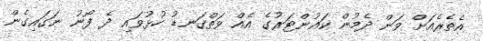
އެތެރެއަށް ވަން ދެމުން ކައުންޓަރުގެ އެއް ވަތްގަނޑު ހުޅުވައި ދެ ފޯނު ނަގައިގެން